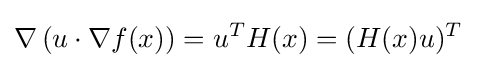
\nabla \left(u\cdot \nabla f(x)\right)=u^{T}H(x)=(H(x)u)^{T}